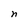
Character: n